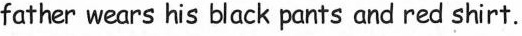
father wears his black pants and red shirt.